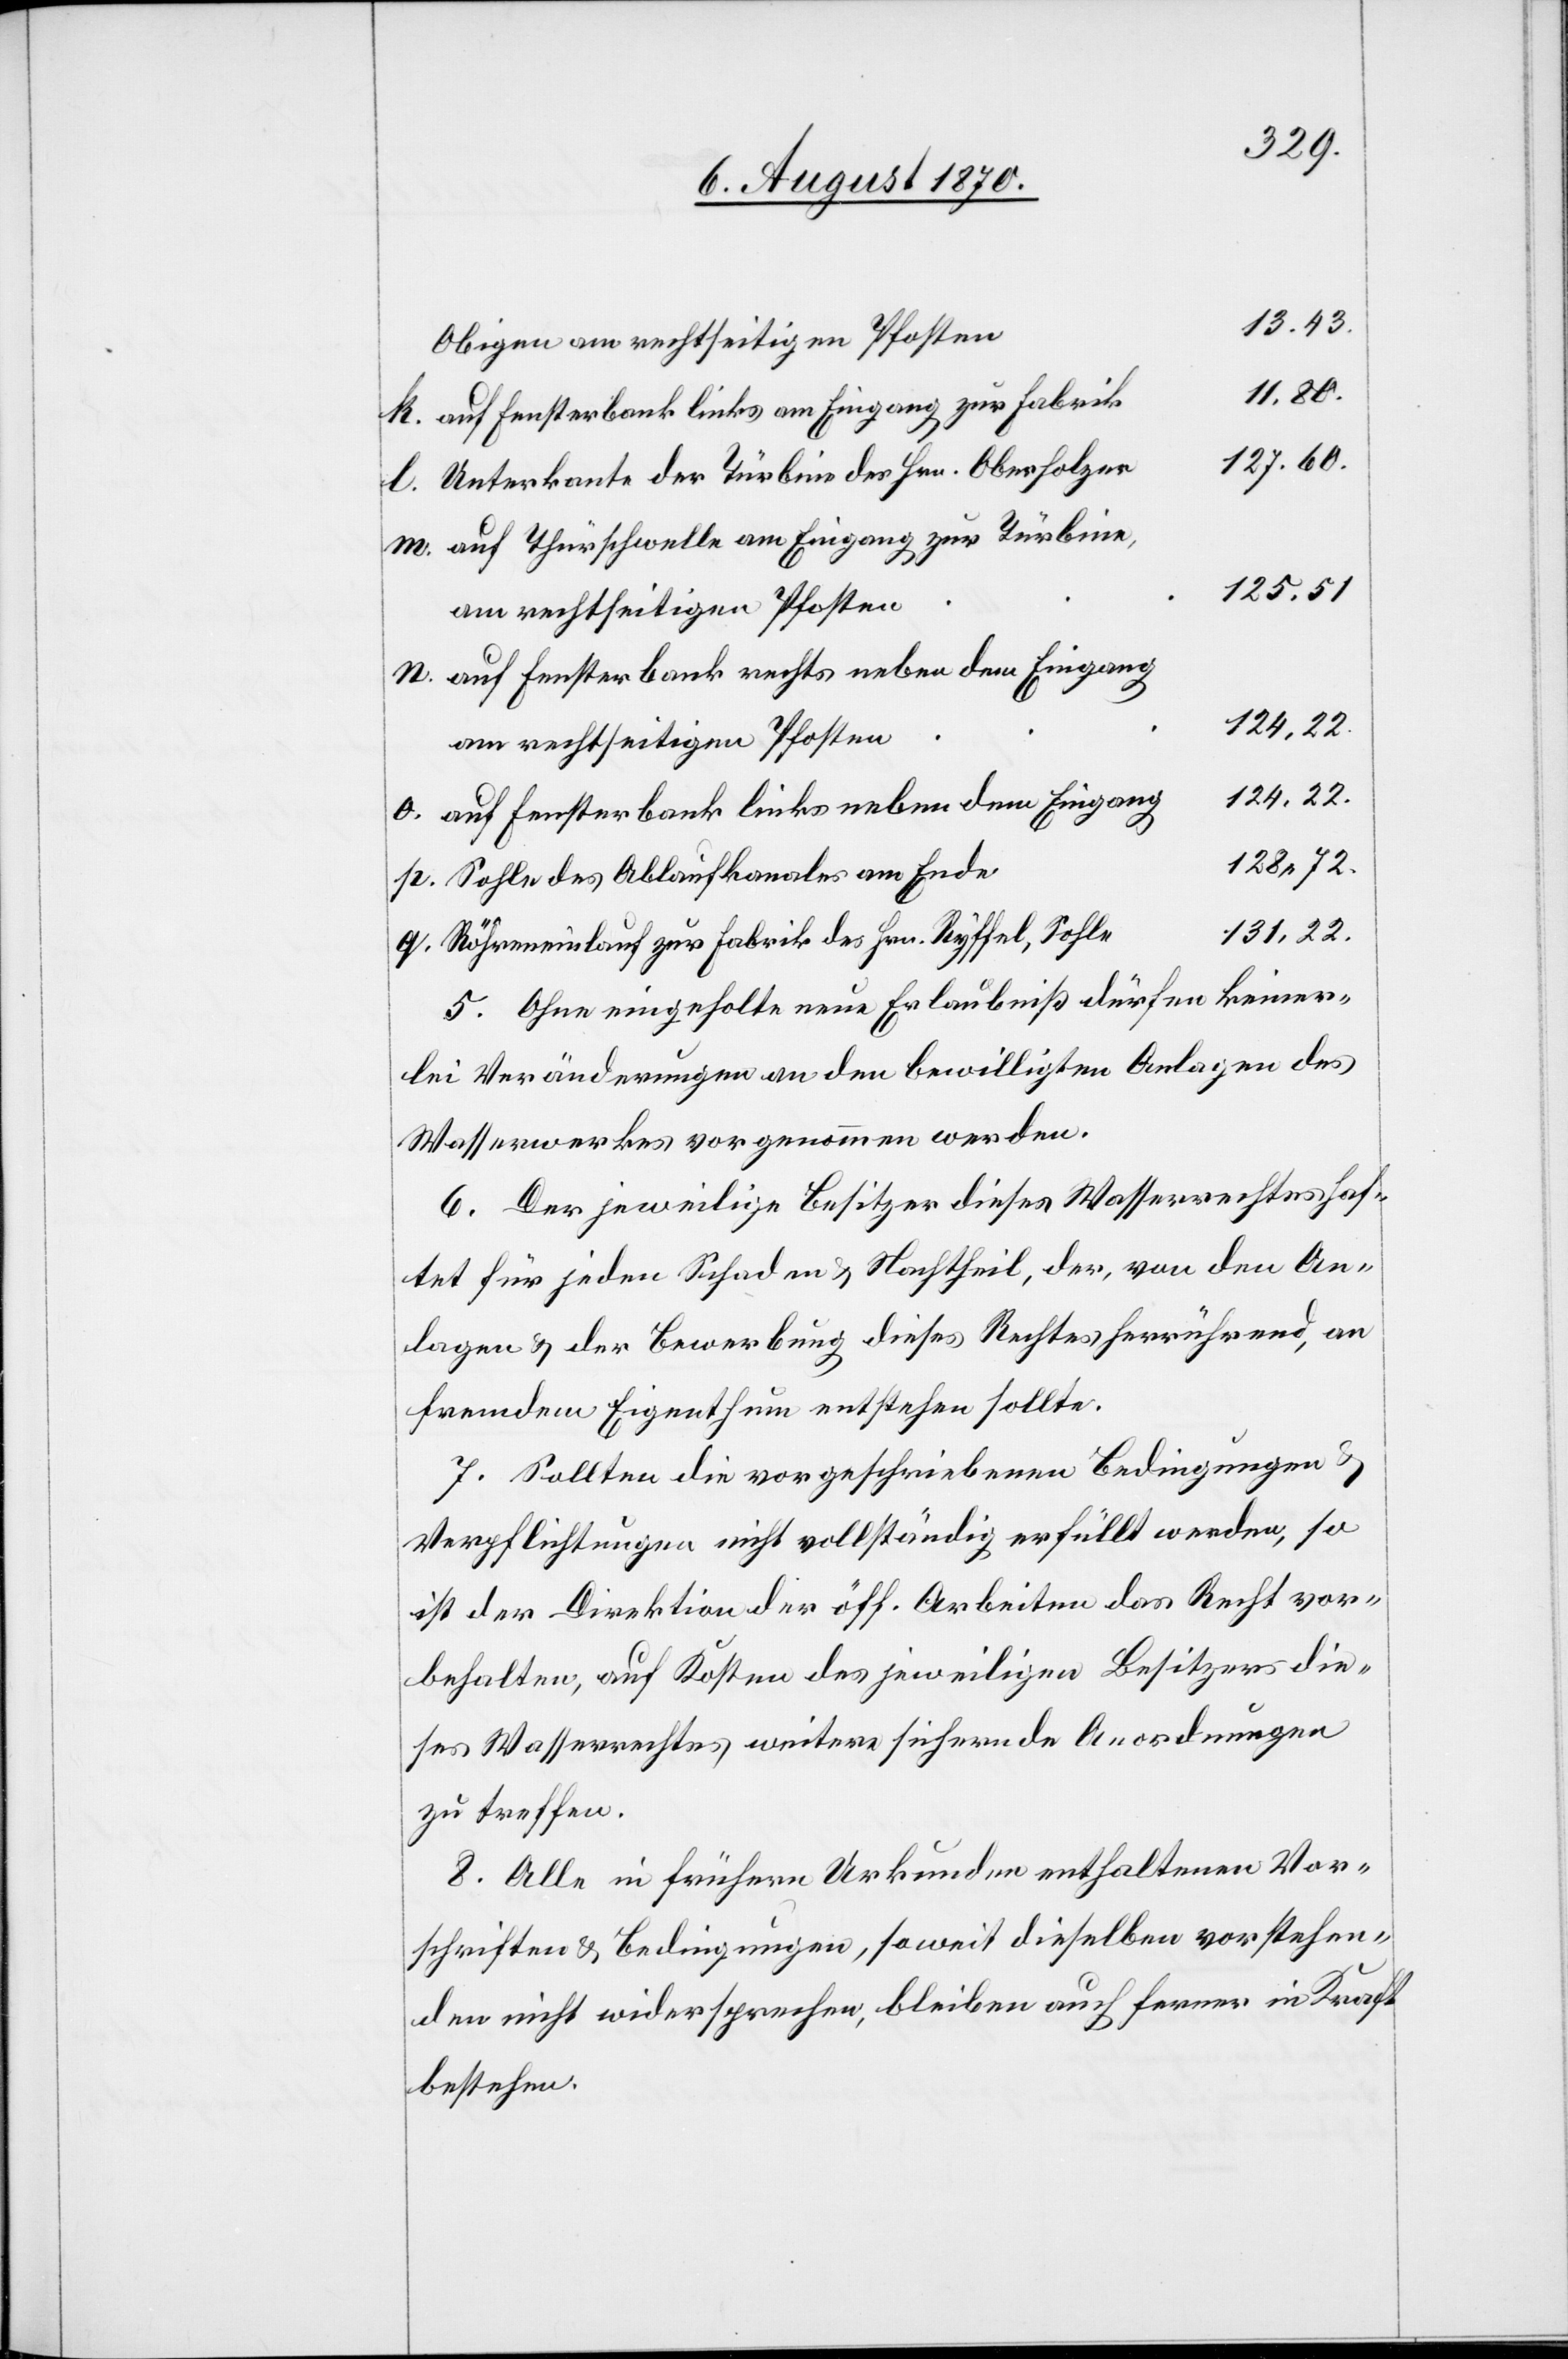
13.43.
Obigen am rechtseitgen Pfosten
11.80.
auf Fensterbank links am Eingang zur Fabrik
127.60.
Unterkante der Türbine des Hrn. Oberholzer
auf Thürschwelle am Eingang zur Türbine,
125.51
131,22.
am rechtseitigen Pfosten
auf Fensterbank links neben dem Eingang
128,72.
Sohle des Ablaufkanales am Ende
Röhreneinlauf zur Fabrik des Hrn. Ryffel, Sohle
5. Ohne eingeholte neue Erlaubniß dürfen keiner¬
lei Veränderungen an den bewilligten Anlagen des
Wasserwerkes vorgenommen werden.
6. Der jeweilige Besitzer dieses Wasserrechtes haf¬
tet für jeden Schaden & Nachtheil, der, von den An¬
lagen & der Bewerbung dieses Rechtes herrührend, an
fremden Eigenthum entstehen sollte.
7. Sollten die vorgeschriebenen Bedingungen
Verpflichtungen nicht vollständig erfüllt werden, so
ist der Direktion der öff. Arbeiten das Recht vor¬
behalten, auf Kosten des jeweiligen Besitzers die¬
ses Wasserrechtes weitere sichernde Anordnungen
zu treffen.
8. Alle in frühern Urkunden enthaltenen Vor¬
schriften & Bedingungen, soweit dieselben vorstehen¬
den nicht widersprechen, bleiben auch ferner in Kraft
bestehen.